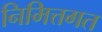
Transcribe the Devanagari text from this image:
निमित्तगत